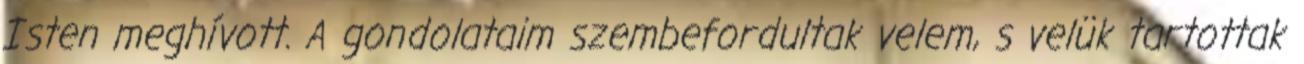
Isten meghívott. A gondolataim szembefordultak velem, s velük tartottak